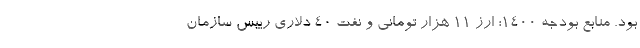
بود. منابع بودجه 1400؛ ارز ۱۱ هزار تومانی و نفت 40 دلاری رییس سازمان